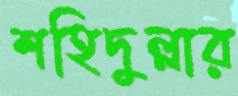
শহিদুল্লার